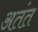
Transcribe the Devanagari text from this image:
अतंत